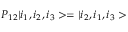
P _ { 1 2 } | i _ { 1 } , i _ { 2 } , i _ { 3 } > = | i _ { 2 } , i _ { 1 } , i _ { 3 } >